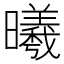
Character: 曦